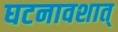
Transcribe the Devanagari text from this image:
घटनावशात्